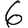
Digit: 6